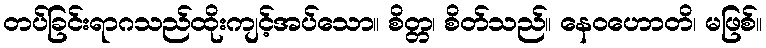
တပ်ခြင်းရာဂသည်ထိုးကျင့်အပ်သော။ စိတ္တ၊ စိတ်သည်။ နေဝဟောတိ၊ မဖြစ်။